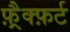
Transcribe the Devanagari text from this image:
फ़्रैक्फ़र्ट